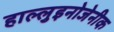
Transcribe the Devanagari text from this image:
हाल्लुइनोजेनीक